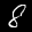
Label: 8